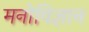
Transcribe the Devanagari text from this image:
मनोविज्ञान